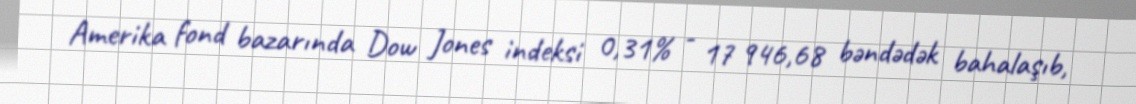
Amerika fond bazarında Dow Jones indeksi 0,31% - 17 946,68 bəndədək bahalaşıb,